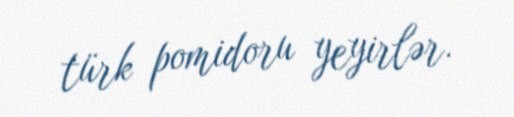
türk pomidoru yeyirlər.